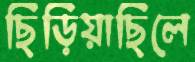
ছিঁড়িয়াছিলে